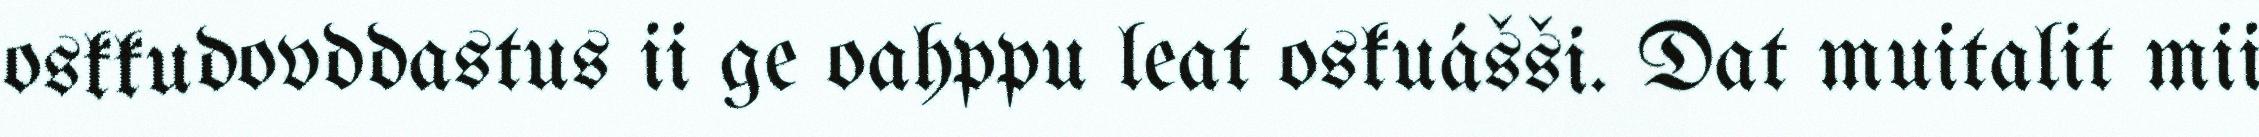
oskkudovddastus ii ge oahppu leat oskuášši. Dat muitalit mii